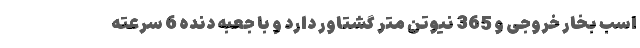
اسب بخار خروجی و 365 نیوتن متر گشتاور دارد و با جعبه دنده 6 سرعته